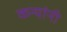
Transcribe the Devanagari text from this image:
कन्यांनी